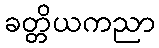
ခတ္တိယကညာ